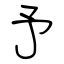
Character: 予